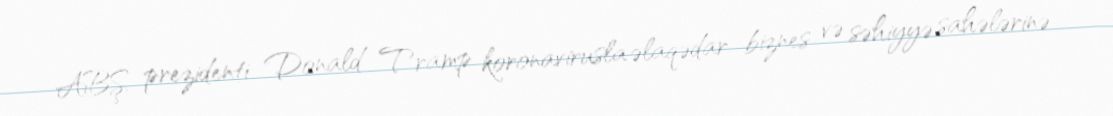
ABŞ prezidenti Donald Tramp koronavirusla əlaqədar biznes və səhiyyə sahələrinə